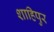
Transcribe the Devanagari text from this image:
शाहिपुर